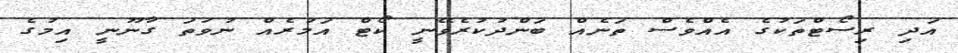
އަދި ރިސޯޓްތަކުގެ އެއްވެސް ތަނެއް ބަންދުކުރެވޭނީ ކޯޓް އަމުރެއް ނުވަތަ ގާނޫނީ އިމުގެ